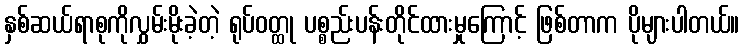
နှစ်ဆယ်ရာစုကိုလွှမ်းမိုးခဲ့တဲ့ ရုပ်ဝတ္ထု ပစ္စည်းပန်းတိုင်ထားမှုကြောင့် ဖြစ်တာက ပိုများပါတယ်။